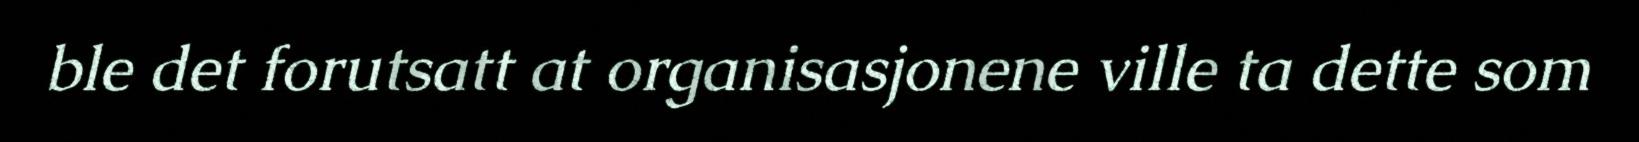
ble det forutsatt at organisasjonene ville ta dette som